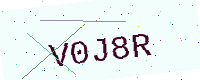
Text: V0J8R